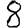
Digit: 8